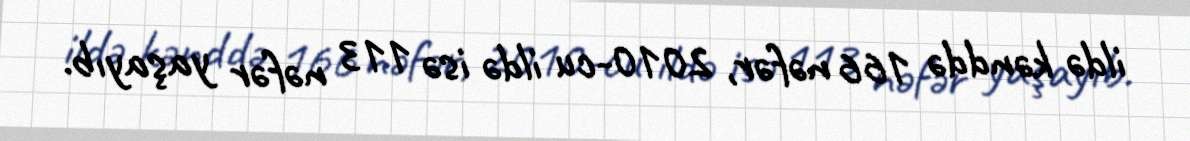
ildə kənddə 166 nəfər, 2010-cu ildə isə 113 nəfər yaşayıb.